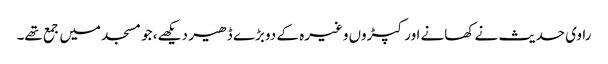
راوی حدیث نے کھانے اور کپڑوں وغیرہ کے دو بڑے ڈھیر دیکھے، جو مسجد میں جمع تھے۔